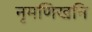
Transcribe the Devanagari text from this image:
नृमणिखनि